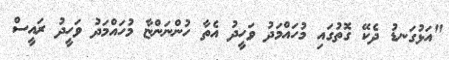
"އަޅުގަނޑު ދެކޭ ގޮތުގައި މުހައްމަދު ވަހީދު އެތާ ހުންނަންޏާ މުހައްމަދު ވަހީދު ރައީސް